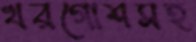
খরগোশসহ